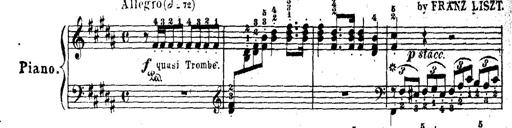
Title: Wagner-Liszt Album
Composer: Franz Liszt